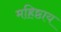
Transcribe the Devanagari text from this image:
महिष्ठाय